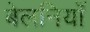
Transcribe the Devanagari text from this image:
बेलनियाँ